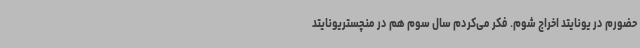
حضورم در یونایتد اخراج شوم. فکر می‌کردم سال سوم هم در منچستریونایتد